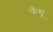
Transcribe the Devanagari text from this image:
फँसू